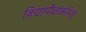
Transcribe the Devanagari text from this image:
विद्यापीठांकरिता